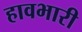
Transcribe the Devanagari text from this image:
हावभारी